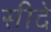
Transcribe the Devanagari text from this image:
सीदे